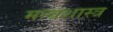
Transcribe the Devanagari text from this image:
मन्त्रशास्त्र